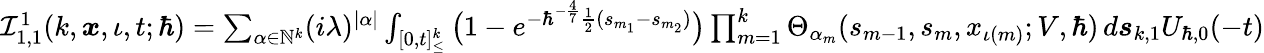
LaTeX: \begin{array}{r}{\mathcal{I}_{1,1}^{1}(k,\boldsymbol{x},\iota,t;\hbar)=\sum_{\alpha\in\mathbb{N}^{k}}(i\lambda)^{|\alpha|}\int_{[0,t]_{\leq}^{k}}\big(1-e^{-\hbar^{-\frac{4}{7}}\frac{1}{2}(s_{m_{1}}-s_{m_{2}})}\big)\prod_{m=1}^{k}\Theta_{\alpha_{m}}(s_{m-1},{s}_{m},x_{\iota(m)};V,\hbar)\, d\boldsymbol{s}_{k,1}U_{\hbar,0}(-t)}\end{array}